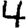
Digit: 4